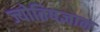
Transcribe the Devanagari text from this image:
ज्योतिषज्ञान